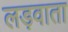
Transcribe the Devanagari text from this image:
लड़वाता